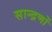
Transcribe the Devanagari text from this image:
सान्द्रणों